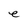
Character: e